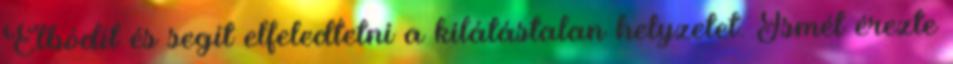
Elbódít és segít elfeledtetni a kilátástalan helyzetet. Ismét érezte